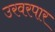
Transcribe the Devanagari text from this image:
उरवरपार